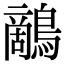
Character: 𪄱